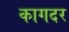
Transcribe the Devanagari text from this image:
कागदर